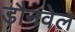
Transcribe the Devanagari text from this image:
डौनवेल